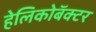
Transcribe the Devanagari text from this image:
हेलिकोबॅक्टर